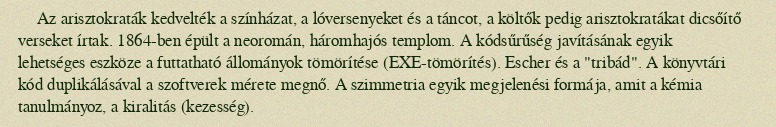
Az arisztokraták kedvelték a színházat, a lóversenyeket és a táncot, a költők pedig arisztokratákat dicsőítő verseket írtak. 1864-ben épült a neoromán, háromhajós templom. A kódsűrűség javításának egyik lehetséges eszköze a futtatható állományok tömörítése (EXE-tömörítés). Escher és a "tribád". A könyvtári kód duplikálásával a szoftverek mérete megnő. A szimmetria egyik megjelenési formája, amit a kémia tanulmányoz, a kiralitás (kezesség).